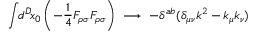
\int \! \! d ^ { D } \! x _ { 0 } \, \Biggl ( - \frac { 1 } { 4 } { \cal F } _ { \rho \sigma } { \cal F } _ { \rho \sigma } \Biggr ) \; \longrightarrow \; - \delta ^ { a b } ( \delta _ { \mu \nu } k ^ { 2 } - k _ { \mu } k _ { \nu } )